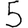
Digit: 5